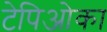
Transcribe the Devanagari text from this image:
टेपिओका